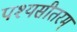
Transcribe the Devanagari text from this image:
पश्यसीतरम्